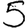
Digit: 5